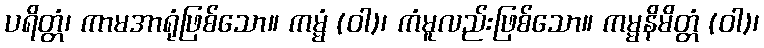
ပရိတ္တံ၊ ကာမအာရုံဖြစ်သော။ ကမ္မံ (ဝါ)၊ ကံမူလည်းဖြစ်သော။ ကမ္မနိမိတ္တံ (ဝါ)၊